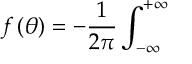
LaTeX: f \left( \theta \right) = - \frac { 1 } { 2 \pi } \int _ { - \infty } ^ { + \infty }